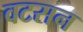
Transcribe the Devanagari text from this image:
वटसन